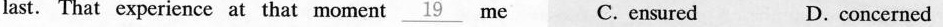
last. That experience at that moment \underline{19}me C. ensured D. concerned